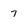
Character: 7